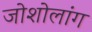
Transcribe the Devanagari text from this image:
जोशोलांग